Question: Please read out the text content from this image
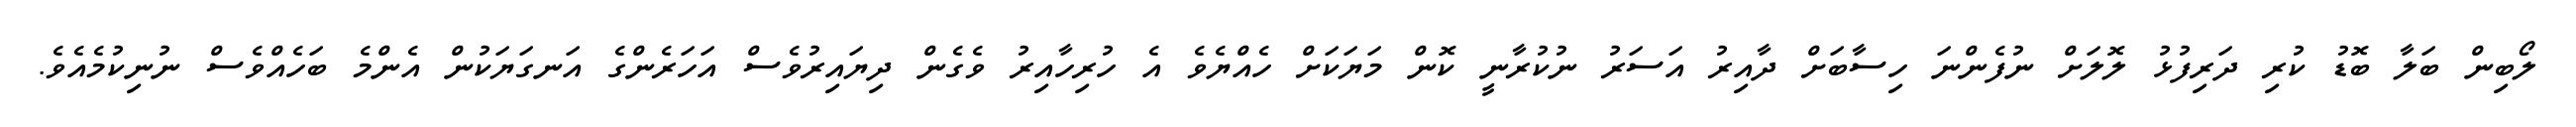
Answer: ލޯބިން ބަލާ ބޮޑު ކުރި ދަރިފުޅު ލޮލަށް ނުފެންނަ ހިސާބަށް ދާއިރު އަސަރު ނުކުރާނީ ކޮން މަޔަކަށް ހެއްޔެވެ އެ ހުރިހާއިރު ވެގެން ދިޔައިރުވެސް އަހަރެންގެ އަނގަޔަކުން އެންމެ ބަހެއްވެސް ނުނިކުމެއެވެ.